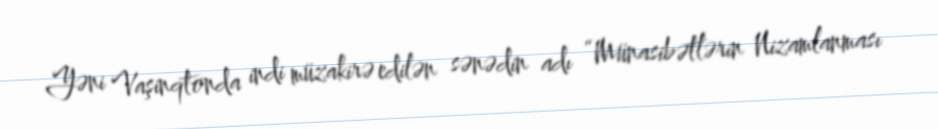
Yəni Vaşinqtonda indi müzakirə edilən sənədin adı “Münasibətlərin Nizamlanması